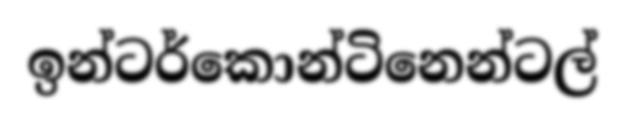
ඉන්ටර්කොන්ටිනෙන්ටල්